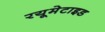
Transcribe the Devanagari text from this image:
रयूमेटाइड